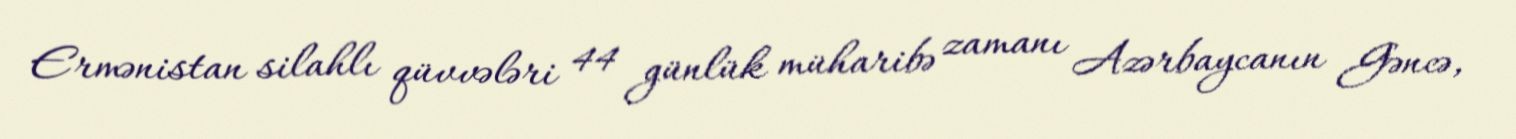
Ermənistan silahlı qüvvələri 44 günlük müharibə zamanı Azərbaycanın Gəncə,